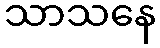
သာသနေ